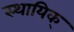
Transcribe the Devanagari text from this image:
स्थायिक्